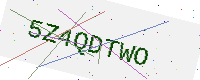
Text: 5Z4QDTWO